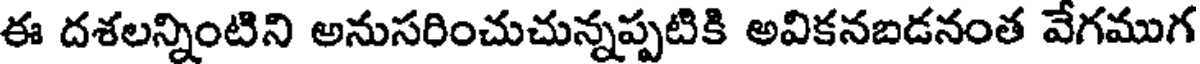
ఈ దశలన్నింటిని అనుసరించుచున్నప్పటికి అవికనబడనంత వేగముగ